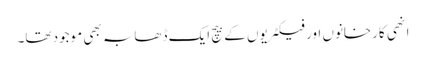
انھی کارخانوں اور فیکٹریوں کے بیچ ایک ڈھابہ بھی موجود تھا۔